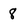
Character: 8